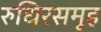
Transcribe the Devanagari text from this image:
रुधिरसमूह